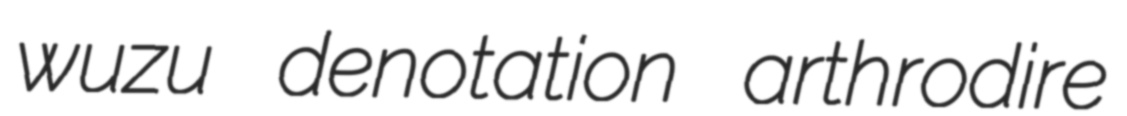
wuzu denotation arthrodire